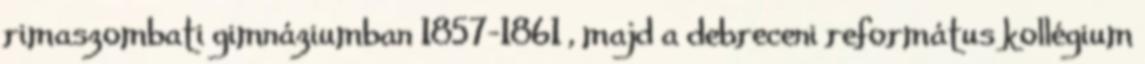
rimaszombati gimnáziumban 1857–1861 , majd a debreceni református kollégium